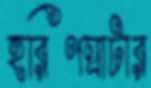
হরিণঘাটার